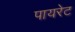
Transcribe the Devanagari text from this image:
पायरेट